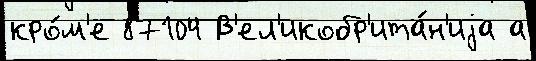
кро́м'е 87104 В'ел'икобр'ита́н'иjа а